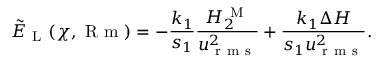
\tilde { E } _ { \mathrm { ~ L ~ } } ( \chi , \mathrm { ~ R ~ m ~ } ) = - \frac { k _ { 1 } } { s _ { 1 } } \frac { H _ { 2 } ^ { \mathrm { ~ M ~ } } } { u _ { \mathrm { ~ r ~ m ~ s ~ } } ^ { 2 } } + \frac { k _ { 1 } \Delta H } { s _ { 1 } u _ { \mathrm { ~ r ~ m ~ s ~ } } ^ { 2 } } .